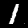
Label: 1